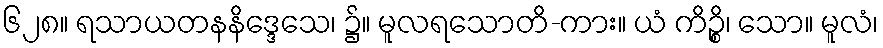
၆၂၈။ ရသာယတနနိဒ္ဒေသေ၊ ၌။ မူလရသောတိ-ကား။ ယံ ကိဉ္စိ၊ သော။ မူလံ၊